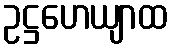
ဥဋ္ဌဟေယျာထ